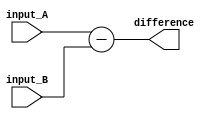
module behavioral_subtractor (
    input [3:0] input_A,
    input [3:0] input_B,
    output reg [3:0] difference
);

assign difference = input_A - input_B;

endmodule